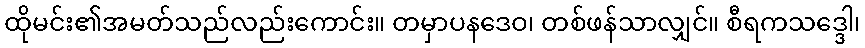
ထိုမင်း၏အမတ်သည်လည်းကောင်း။ တမှာပနဒေဝ၊ တစ်ဖန်သာလျှင်။ စီရကသဒ္ဒေါ၊